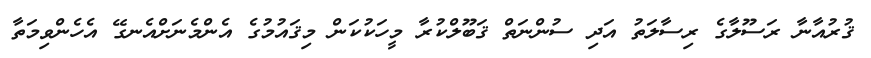
ޤުރުއާނާ ރަސޫލާގެ ރިސާލަތު އަދި ސުންނަތް ޤަބޫލްކުރާ މީހަކުކަން މިޤައުމުގެ އެންމެނަށްއެނގޭ އެހެންވިމަތާ